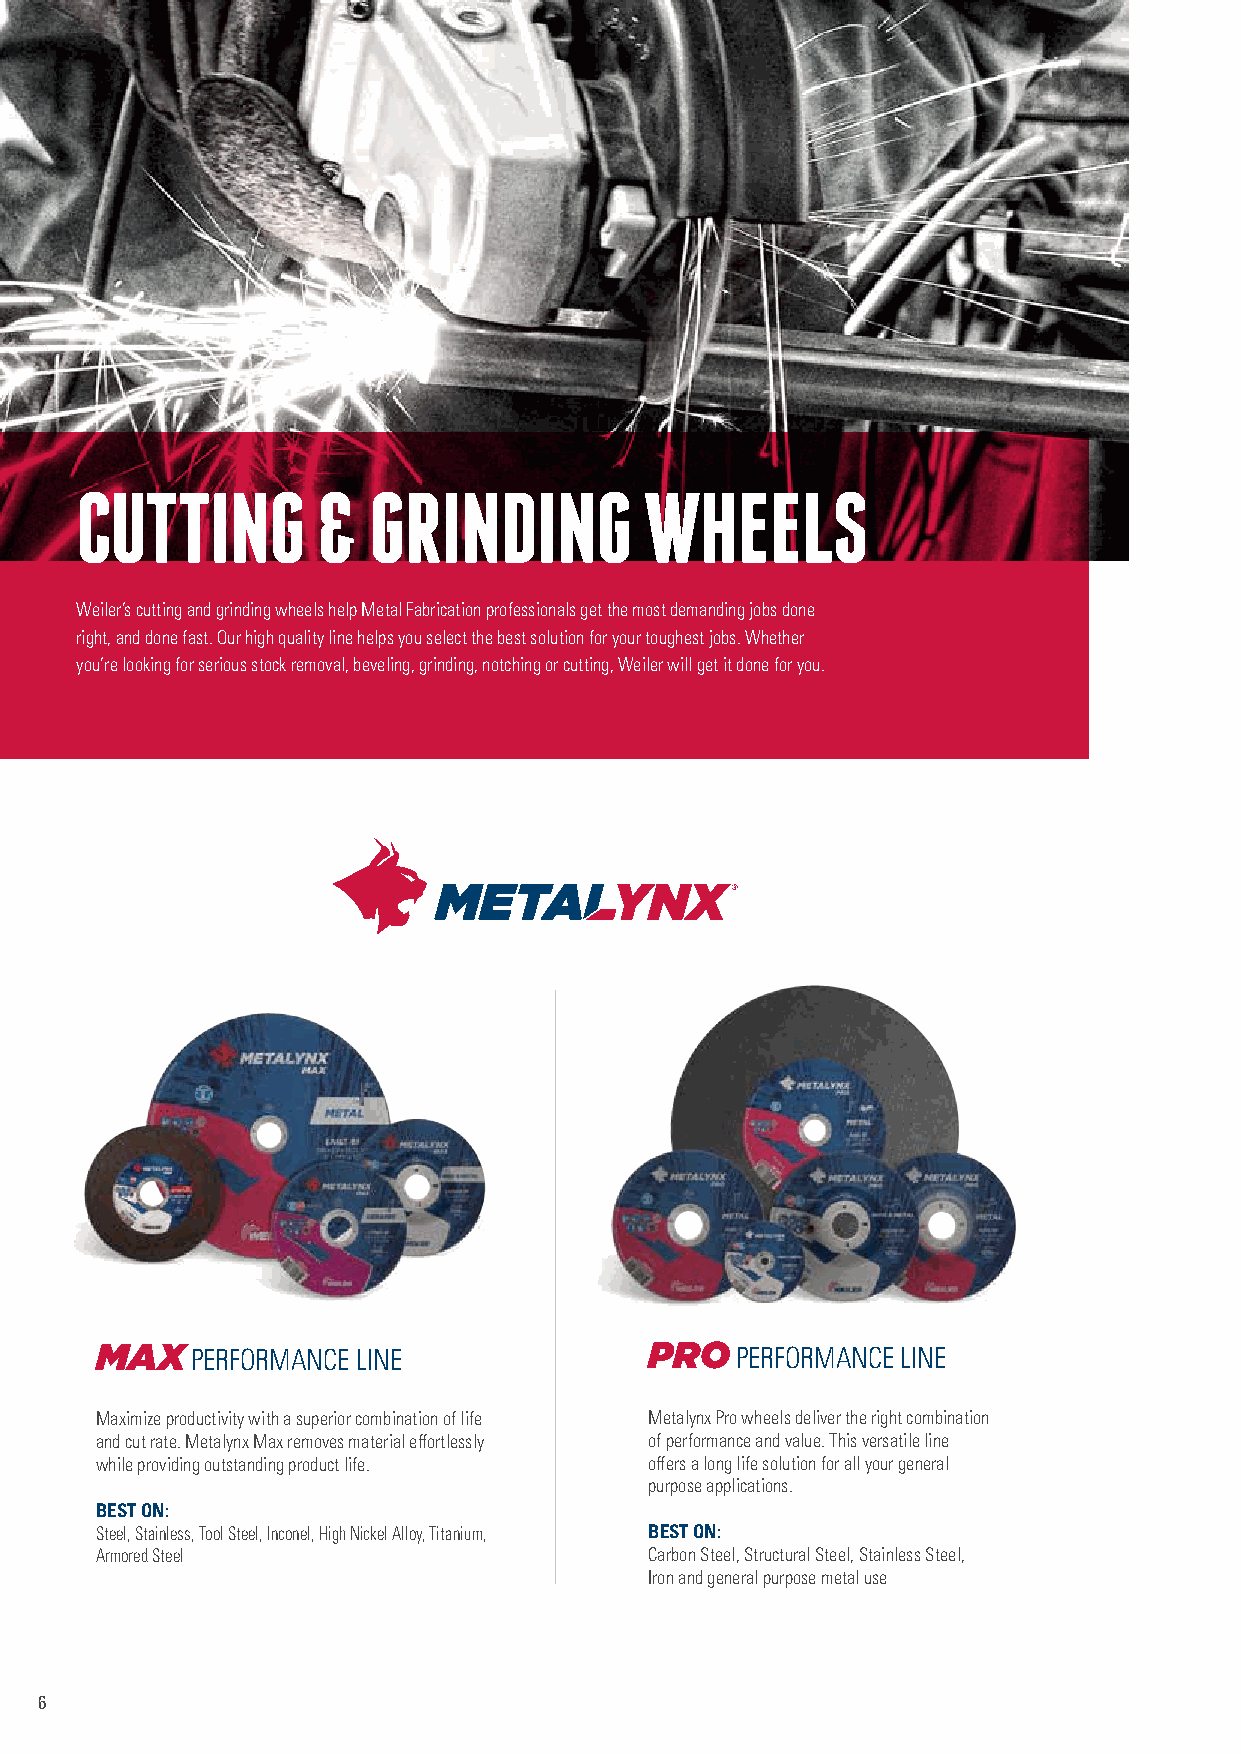
CUTTING         &  GRINDING           WHEELS
 Weiler’s cutting and grinding wheels help Metal Fabrication professionals get the most demanding jobs done
 right, and done fast. Our high quality line helps you select the best solution for your toughest jobs. Whether
 you’re looking for serious stock removal, beveling, grinding, notching or cutting, Weiler will get it done for you.
 MAX                                  PRO
 PERFORMANCE LINE                    PERFORMANCE LINE
 Maximize productivity with a superior combination of life Metalynx Pro wheels deliver the right combination
 and cut rate. Metalynx Max removes material effortlessly of performance and value. This versatile line
 while providing outstanding product life. offers a long life solution for all your general
 purpose applications.
 BEST ON:
 Steel, Stainless, Tool Steel, Inconel, High Nickel Alloy, Titanium, BEST ON:
 Armored Steel                        Carbon Steel, Structural Steel, Stainless Steel,
 Iron and general purpose metal use
 6